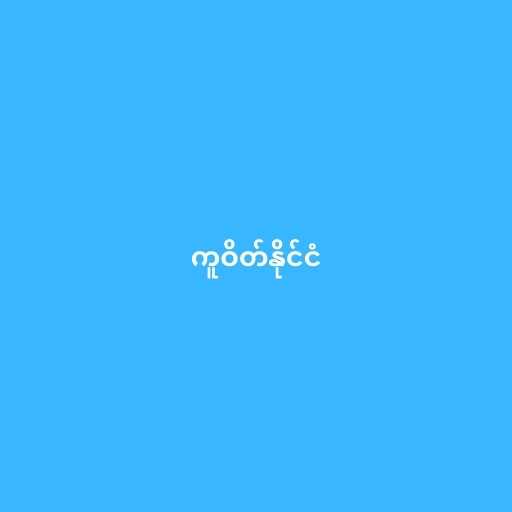
ကူဝိတ်နိုင်ငံ